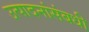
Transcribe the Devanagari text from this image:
उत्पादनांसंबधी